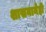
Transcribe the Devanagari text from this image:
शासनानेही